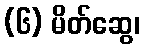
(၆) မိတ်ဆွေ၊